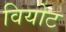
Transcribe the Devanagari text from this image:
वियोट